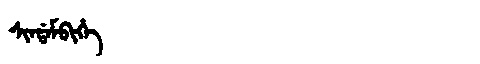
Manchu: ᠰᡳᠨᡩᠠᠮᠪᡳᡥᡝ
Romanization: SINDAMBIHE